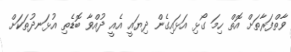
ވާތްފަރާތަށް އޮތް ހިމަ ގޯޅި އަޅައިގެން ދިޔައީ އެއީ ދުއްވާ ބޮޑެތި އުޅަނދުތަކަށް